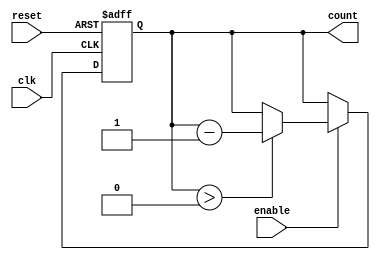
module down_counter #(
    parameter N = 4  // Parameter to define the width of the counter (N bits)
)(
    input wire clk,        // Clock signal
    input wire reset,      // Asynchronous reset signal
    input wire enable,     // Enable signal for counting down
    output reg [N-1:0] count // Current value of the counter
);

// Maximum value for the counter
localparam MAX_COUNT = (1 << N) - 1; // 2^N - 1

// Asynchronous Reset and Counting Logic
always @(posedge clk or posedge reset) begin
    if (reset) begin
        count <= MAX_COUNT; // Reset to maximum value
    end else if (enable) begin
        if (count > 0) begin
            count <= count - 1; // Decrement the counter
        end
        // If count is already zero, it holds at zero
    end
end

endmodule